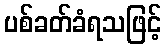
ပစ်ခတ်ခံရသဖြင့်